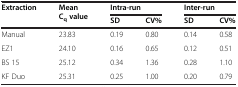
| <ROWSPAN=2> Extraction | <ROWSPAN=2> Mean Cqvalue | <COLSPAN=2> Intra-run | <COLSPAN=2> Inter-run |
 | SD | CV% | SD | CV% |
 | --- | --- | --- | --- | --- | --- |
 | Manual | 23.83 | 0.19 | 0.80 | 0.14 | 0.58 |
 | EZ1 | 24.10 | 0.16 | 0.65 | 0.12 | 0.51 |
 | BS 15 | 25.12 | 0.34 | 1.36 | 0.28 | 1.10 |
 | KF Duo | 25.31 | 0.25 | 1.00 | 0.20 | 0.79 |